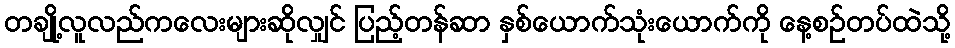
တချို့လူလည်ကလေးများဆိုလျှင် ပြည့်တန်ဆာ နှစ်ယောက်သုံးယောက်ကို နေ့စဉ်တပ်ထဲသို့